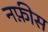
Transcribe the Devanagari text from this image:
नफ़ीस